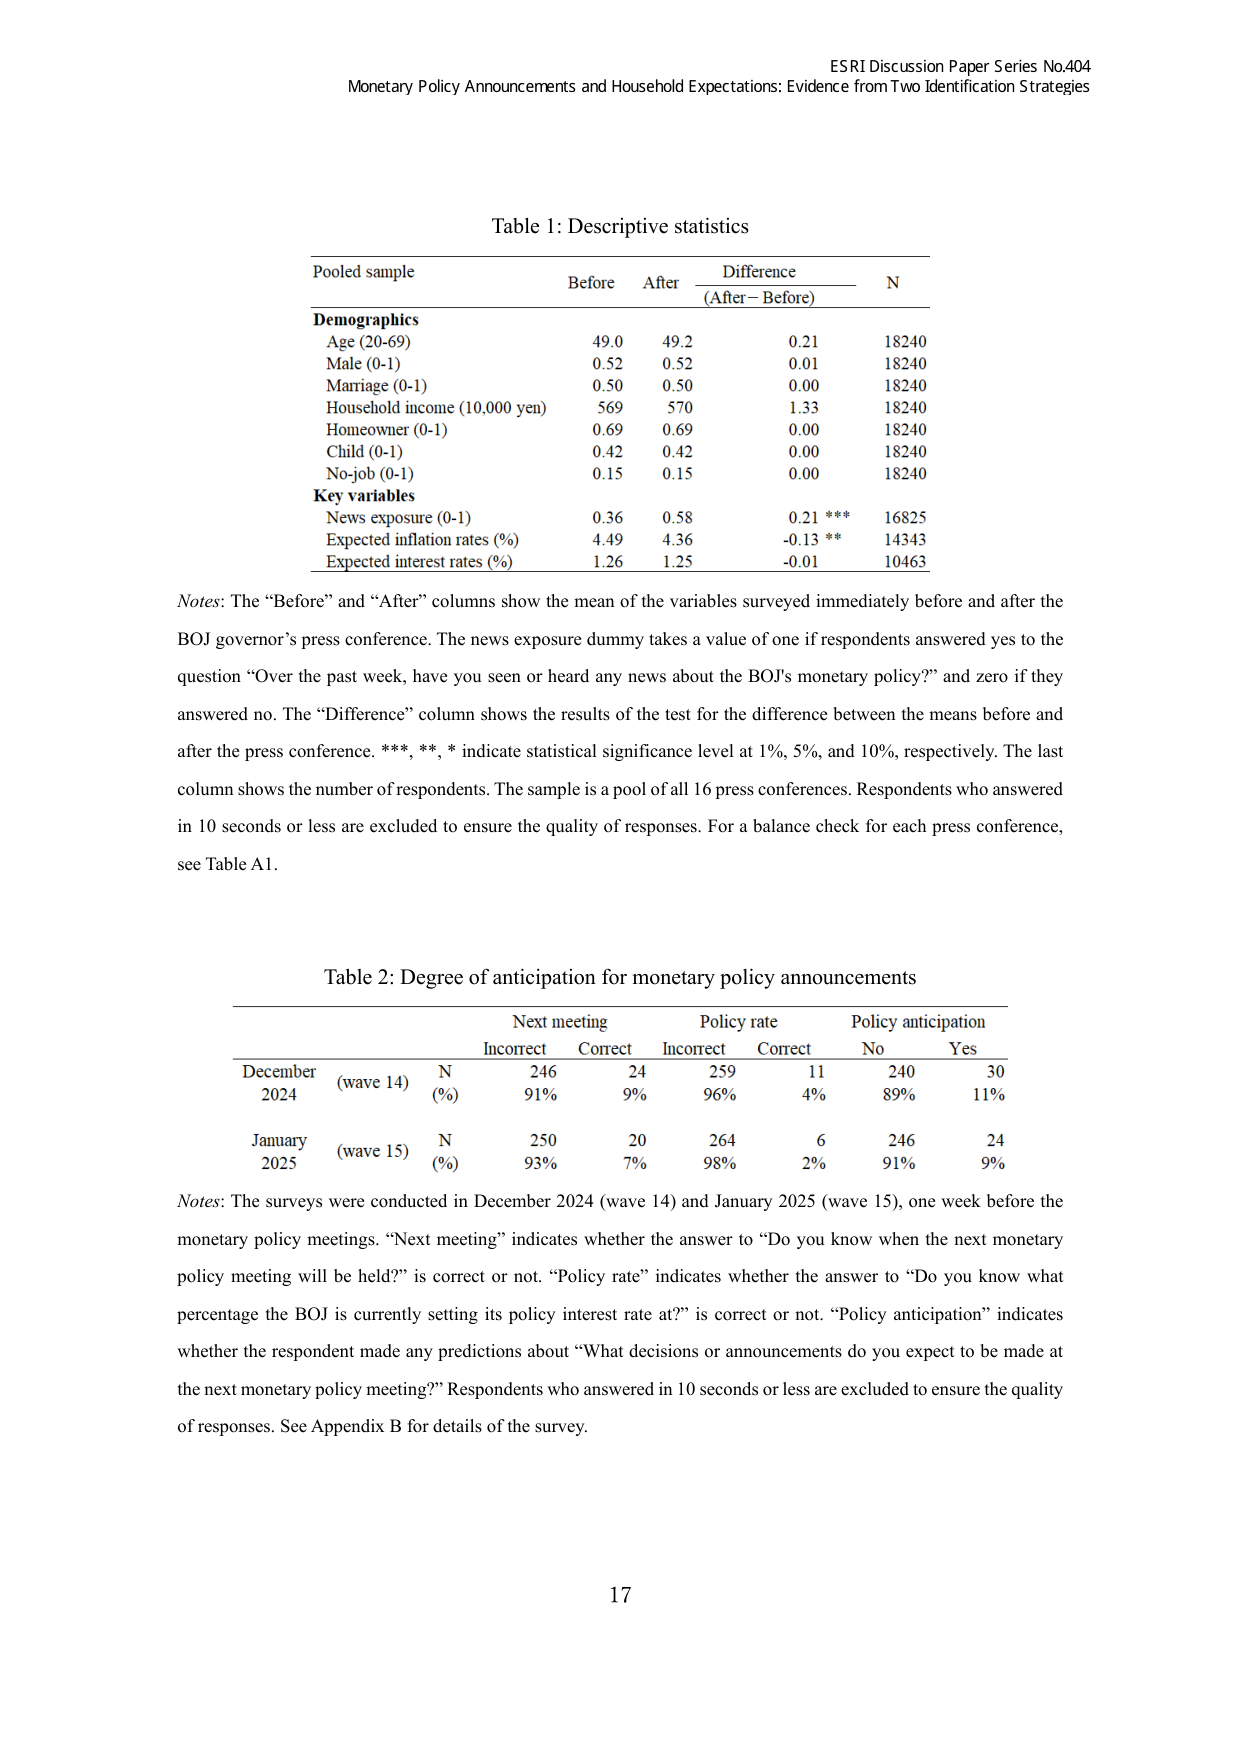
ESRI Discussion Paper Series No.404
Monetary Policy Announcements and Household Expectations: Evidence from Two Identification Strategies

Table 1: Descriptive statistics

Pooled sample          Before    After     Difference (After – Before)    N
Demographics
Age (20-69)           49.0      49.2      0.21                          18240
Male (0-1)            0.52      0.52      0.01                          18240
Marriage (0-1)        0.50      0.50      0.00                          18240
Household income (10,000 yen) 569     570       1.33                          18240
Homeowner (0-1)       0.69      0.69      0.00                          18240
Child (0-1)           0.42      0.42      0.00                          18240
No-job (0-1)          0.15      0.15      0.00                          18240
Key variables
News exposure (0-1)   0.36      0.58      0.21 ***                      16825
Expected inflation rates (%) 4.49    4.36      -0.13 **                      14343
Expected interest rates (%) 1.26    1.25      -0.01                         10463

Notes: The “Before” and “After” columns show the mean of the variables surveyed immediately before and after the BOJ governor’s press conference. The news exposure dummy takes a value of one if respondents answered yes to the question “Over the past week, have you seen or heard any news about the BOJ’s monetary policy?” and zero if they answered no. The “Difference” column shows the results of the test for the difference between the means before and after the press conference. ***, **, * indicate statistical significance level at 1%, 5%, and 10%, respectively. The last column shows the number of respondents. The sample is a pool of all 16 press conferences. Respondents who answered in 10 seconds or less are excluded to ensure the quality of responses. For a balance check for each press conference, see Table A1.

Table 2: Degree of anticipation for monetary policy announcements

Next meeting          Policy rate         Policy anticipation
Incorrect   Correct   Incorrect   Correct   No    Yes
December 2024 (wave 14)   N       246     24      259     11      240     30
                          (%)     91%     9%      96%     4%      89%     11%
January 2025 (wave 15)    N       250     20      264     6       246     24
                          (%)     93%     7%      98%     2%      91%     9%

Notes: The surveys were conducted in December 2024 (wave 14) and January 2025 (wave 15), one week before the monetary policy meetings. “Next meeting” indicates whether the answer to “Do you know when the next monetary policy meeting will be held?” is correct or not. “Policy rate” indicates whether the answer to “Do you know what percentage the BOJ is currently setting its policy interest rate at?” is correct or not. “Policy anticipation” indicates whether the respondent made any predictions about “What decisions or announcements do you expect to be made at the next monetary policy meeting?” Respondents who answered in 10 seconds or less are excluded to ensure the quality of responses. See Appendix B for details of the survey.

17